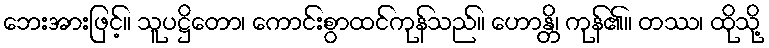
ဘေးအားဖြင့်။ သူပဋ္ဌိတော၊ ကောင်းစွာထင်ကုန်သည်။ ဟောန္တိ၊ ကုန်၏။ တဿ၊ ထိုသို့